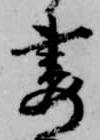
妻